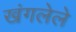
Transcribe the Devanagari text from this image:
खंगलेले